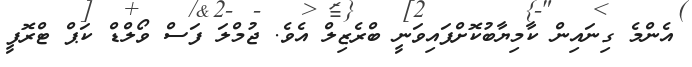
އެންމެ ގިނައިން ކާމިޔާބުކޮށްފައިވަނީ ބްރެޒިލް އެވެ. ޖުމްލަ ފަސް ވޯލްޑް ކަޕް ޓްރޮފީ